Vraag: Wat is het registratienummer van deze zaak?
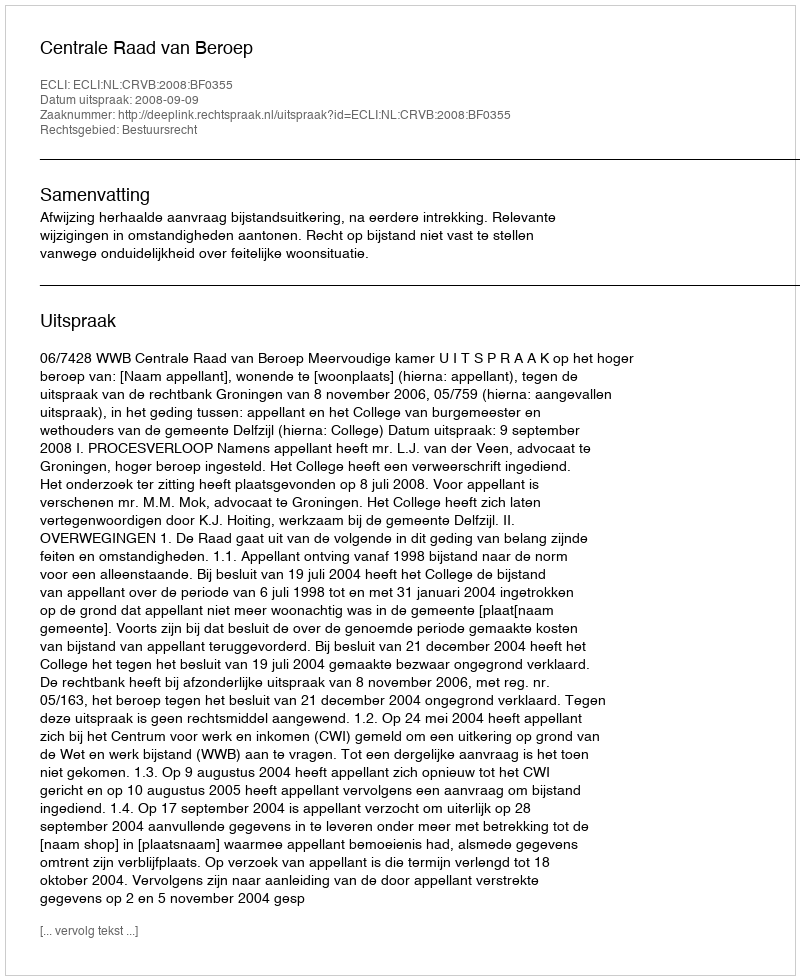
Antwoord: http://deeplink.rechtspraak.nl/uitspraak?id=ECLI:NL:CRVB:2008:BF0355